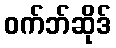
ဝက်ဘ်ဆိုဒ်